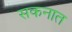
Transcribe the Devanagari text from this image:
सकनात